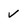
Character: V